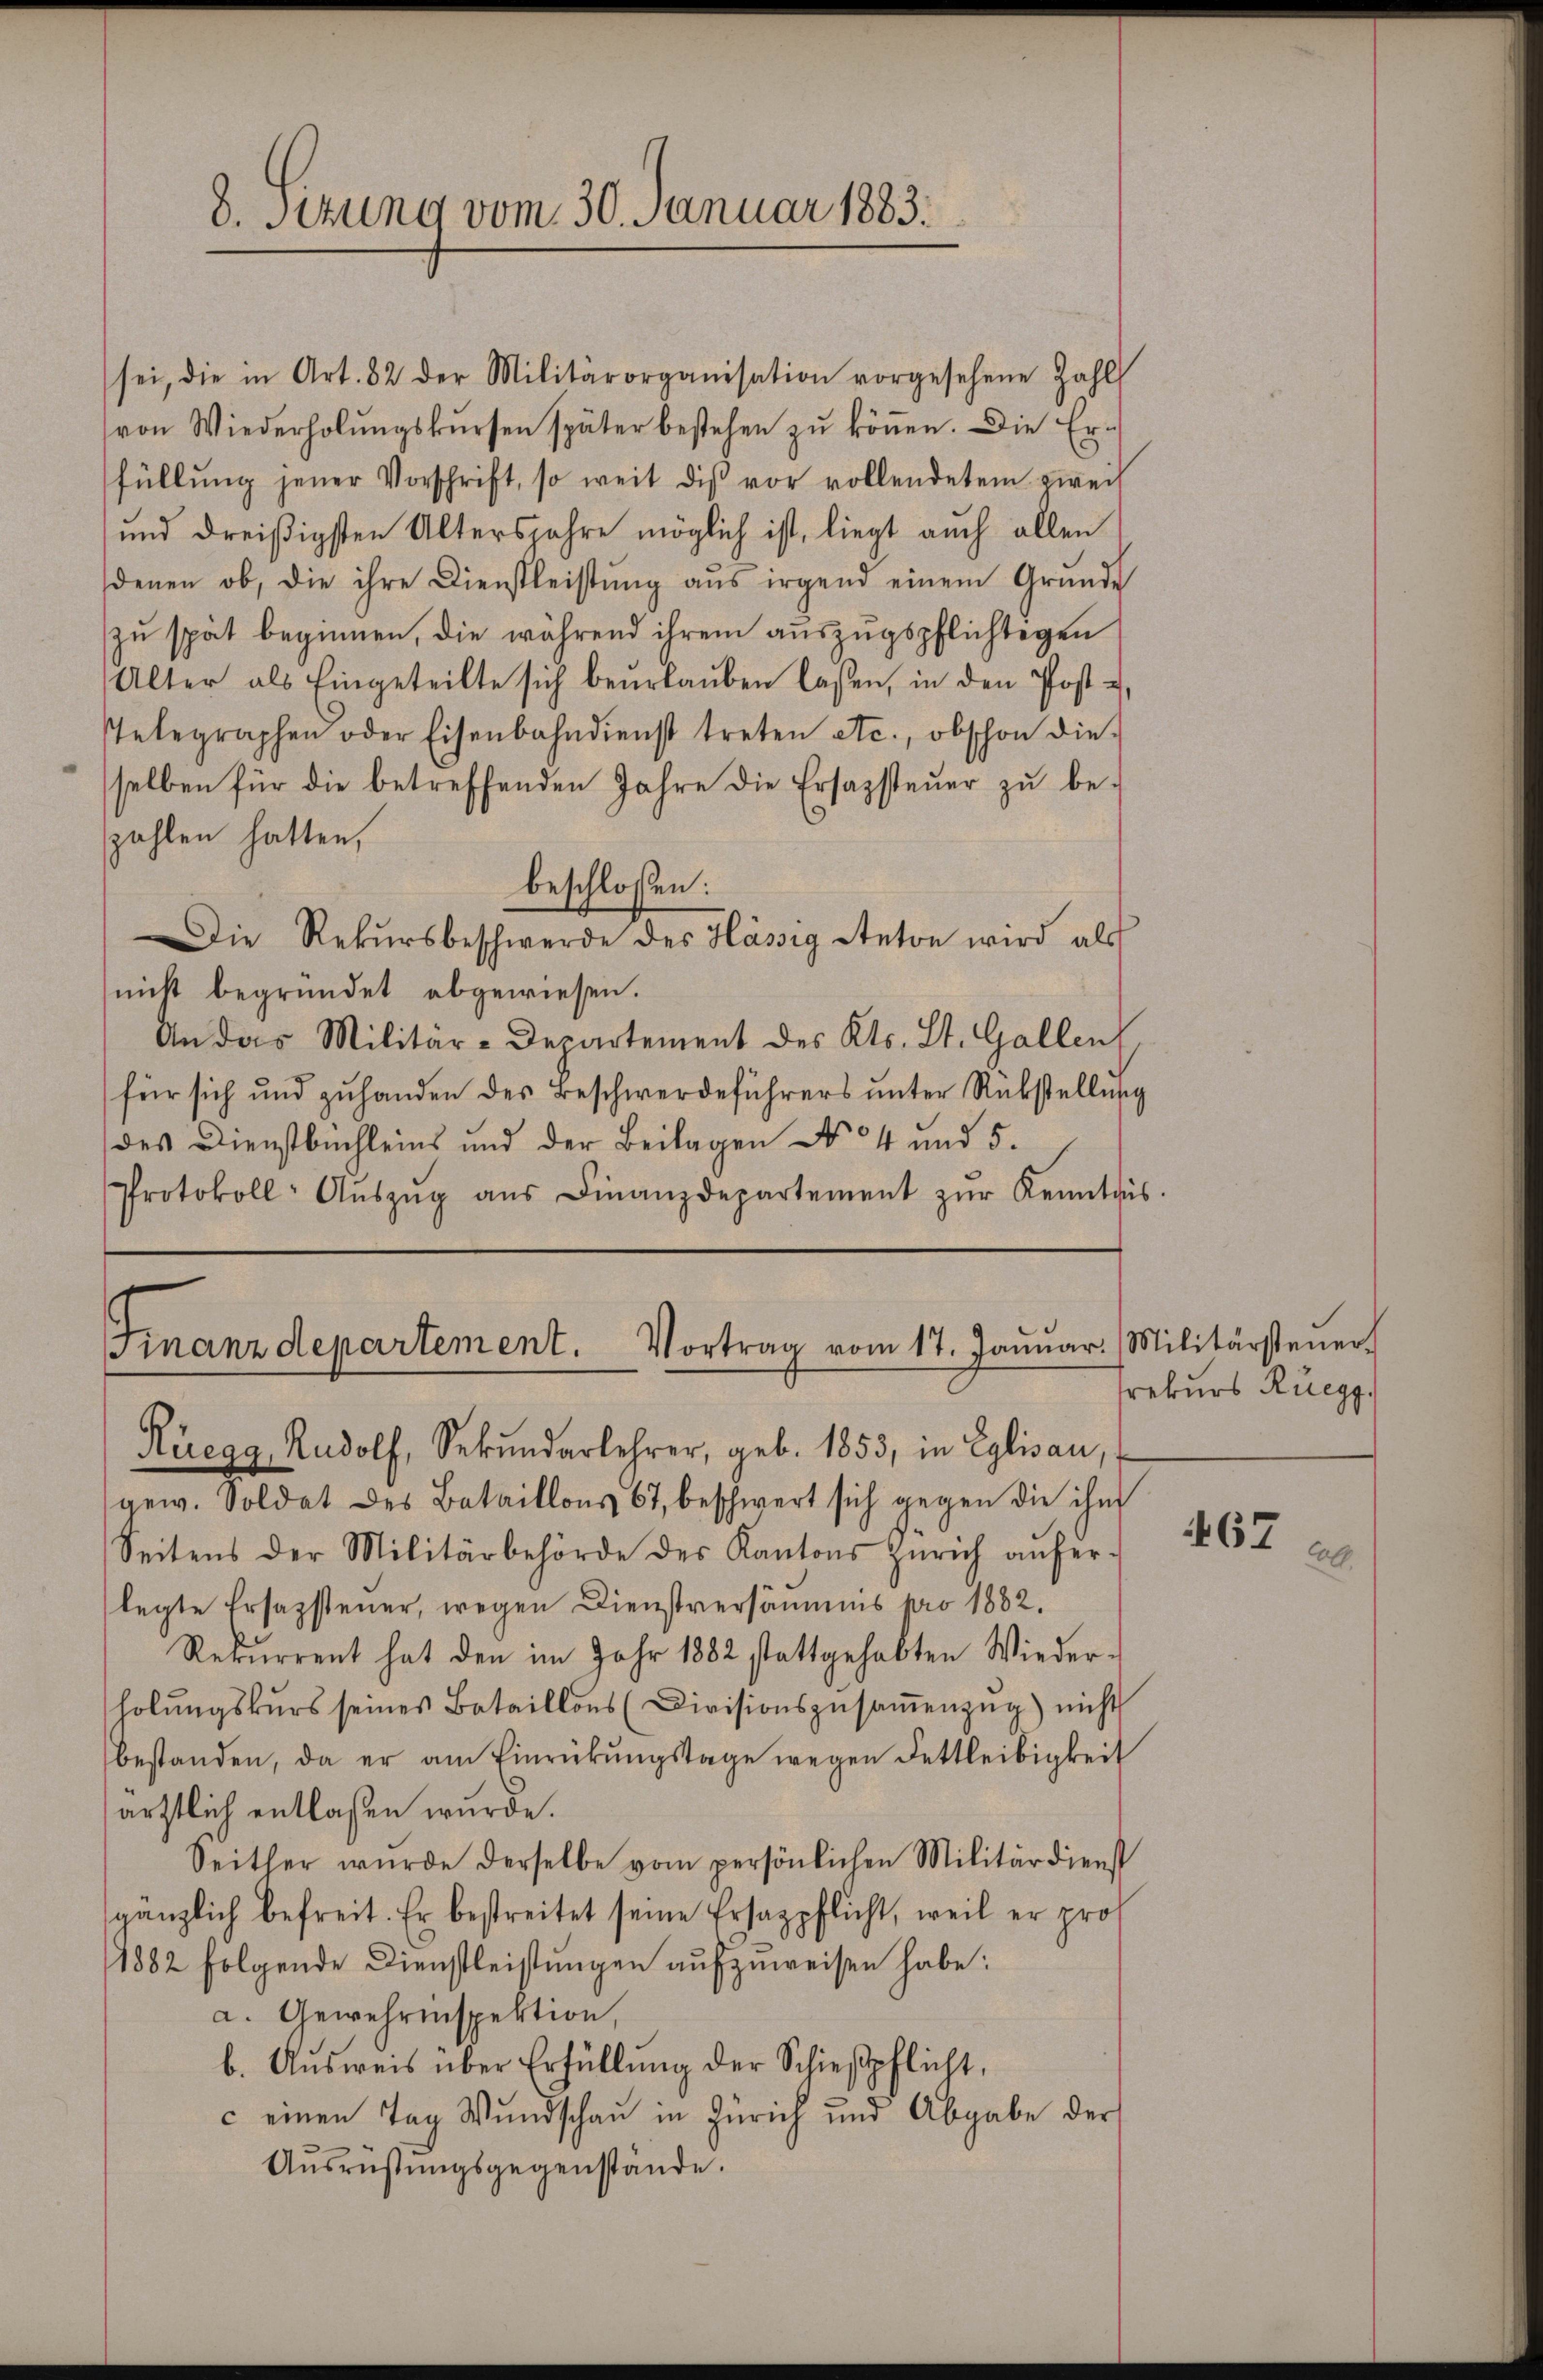
8. Sizung vom 30. Januar 1883.

sei, die in Art. 82 der Militärorganisation vorgesehene Zahl
von Wiederholŭngskŭrsen später bestehen zŭ köṅen. Die Er-
füllŭng jener Vorschrift, so weit dis vor vollendetem zweif
und dreißigsten Altersjahre möglich ist, liegt auch allen
denen ob, die ihre Dienstleistŭng aŭs irgend einem Grŭnde
zŭ spät beginnen, die während ihrem aŭszŭgspflichtigen
Alter als Eingeteilte sich beŭrlaŭben lassen, in den Post u
Telegraphen oder Eisenbahndienst treten etc., obschon die-
selben für die betreffenden Jahre die Ersazsteŭer zŭ be-
zahlen hatten,
beschlossen:
Die Rekursbeschwerde des Hässig Anton wird als
nicht begründet abgewiesen.
An das Militär-Departement des Kts. St. Gallen
für sich und zŭ handen des Beschwerdeführers ŭnter Rükstellŭng
des Dienstbuchleins und der Beilagen No 4 und 5.
Protokoll- Aŭszŭg aŭs Finanzdepartement zŭr Kenntnis.

inanzdepartement. Vortrag vom 17. Janŭar. Militärsteŭer.
Rüegg, Rudolf, Sekŭndarlehrer, geb. 1853, in Eglisau,

gew. Soldat des Bataillons 67, beschwert sich gegen die ihm
Seitens der Militärbehörde des Kantons Zürich anfer-
legte Ersazsteuer, wegen Dienstversäumis pro 1882.
Rekurrent hat den im Jahr 1882 stattgehabten Wiederholŭngskŭrs seines Bataillons (Divisionszŭsaṁenzŭg) nicht
bestanden, da er am Einrückungstage wegen Dettleibigkeit
ärztlich entlassen wurde.
Seitler wurde derselbe vom persönlichen Militärdienst
gänzlich befreit. Er bestreitet seine Ersazpflicht, weil er pros
1882 folgende Dienstleistungen aufzuweisen habe:
a. Gewehrenspektion,
b. Ausweis über Erfüllung der Schießpflicht,
c einen Tag Wundschau in Zürich und Abgabe der
Aŭsrüstungsgegenstände.

rekurs Rüegg.

467